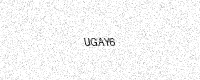
Text: UGAY6